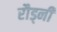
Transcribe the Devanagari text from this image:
रौड्नी